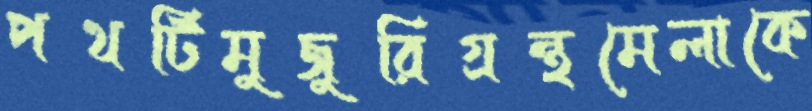
পথটিমুজুরিগ্রন্থমেলাকে